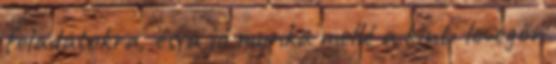
feladatokra, és a jó munka mellé a kinti levegőn